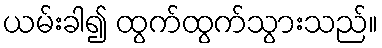
ယမ်းခါ၍ ထွက်ထွက်သွားသည်။